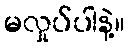
မလှုပ်ပါနဲ့။